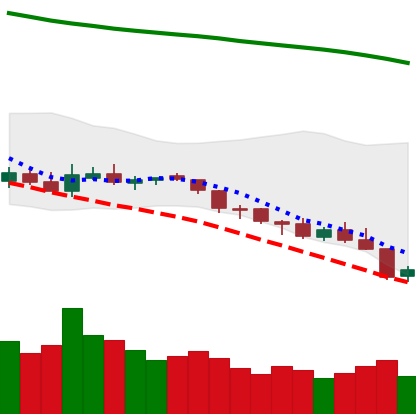
Ticker: NEO-USD
Chart end date: 2018-08-09
Forward return: -28.856%
Label: down_7plus